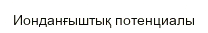
Ионданғыштық потенциалы